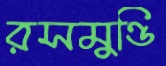
রসমুণ্ডি